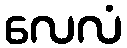
လေလံ